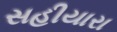
સહીયારા